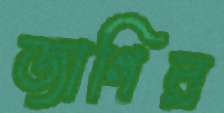
জাগির